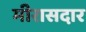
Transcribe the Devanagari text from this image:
मीरासदार